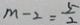
m - 2 = \frac { 5 } { 2 }